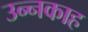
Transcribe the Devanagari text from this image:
उन्नकाह